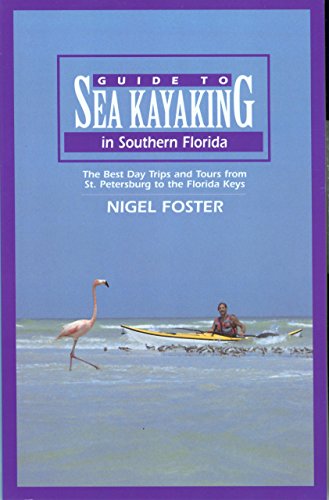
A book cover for Guide to Sea Kayaking in Southern Florida: The Best Day Trips And Tours From St. Petersburg To The Florida Keys (Regional Sea Kayaking Series); Nigel Foster; Sports & Outdoors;